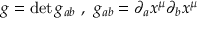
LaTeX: g = \operatorname * { d e t } g _ { a b } \ , \ g _ { a b } = \partial _ { a } x ^ { \mu } \partial _ { b } x ^ { \mu }